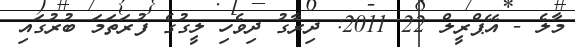
މާލެ - އޭޕްރީލް 22 2011: ދިރާގު ދިވެހި ލީގުގެ ފުރަތަމަ ބުރުގައި